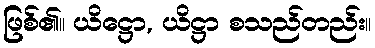
ဖြစ်၏။ ယိဋ္ဌော, ယိဋ္ဌာ စသည်တည်း။